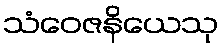
သံဝေဇနိယေသု